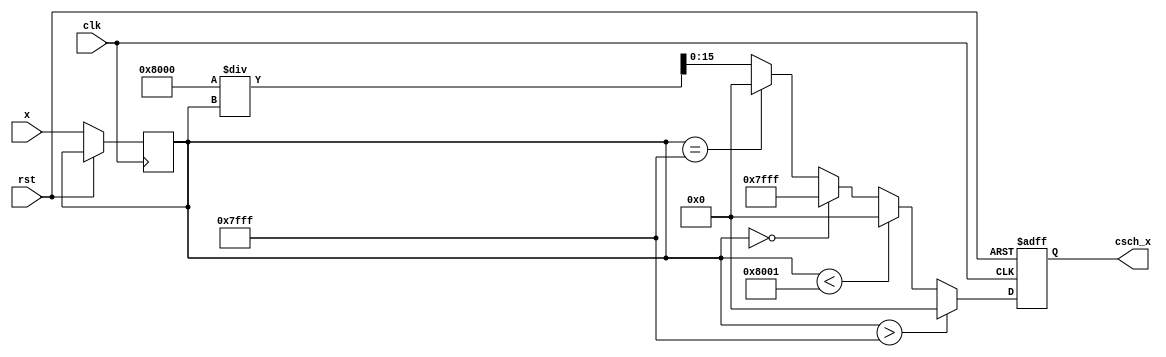
module hyperbolic_cosecant (
    input wire signed [15:0] x,    // 16-bit fixed-point input
    output reg signed [15:0] csch_x, // 16-bit fixed-point output
    input wire clk,
    input wire rst
);
    
    reg signed [15:0] sinh_x;
    reg valid;
    
    // Parameters for simulation
    parameter MAX_VAL = 16'h7FFF; // Maximum value for overflow check
    parameter MIN_VAL = 16'h8000; // Minimum value for unterflow check
    
    // Sine Hyperbolic Calculation (Placeholder, should be your implementation)
    function signed [15:0] sinh;
        input signed [15:0] angle;
        begin
            // A simple approximation of sinh could go here (e.g., Taylor series)
            sinh = angle; // Simple identity for the demonstration
        end
    endfunction

    // Reciprocal Calculation
    function signed [15:0] reciprocal;
        input signed [15:0] value;
        begin
            if (value == 0) begin
                reciprocal = 16'h7FFF; // Represents infinity
            end else if (value == MAX_VAL) begin
                reciprocal = 0; // Underflow condition
            end else begin
                // Simple fixed-point division (will likely require more complex handling)
                reciprocal = (1 << 15) / value; // 1.0 in fixed-point is represented as 1<<15
            end
        end
    endfunction
    
    // Main Process
    always @(posedge clk or posedge rst) begin
        if (rst) begin
            csch_x <= 0;
            valid <= 0;
        end else begin
            sinh_x <= sinh(x);
            
            // Check for overflow or underflow
            if (sinh_x > MAX_VAL) begin
                csch_x <= 0; // Can define this as NaN
            end else if (sinh_x < -MAX_VAL) begin
                csch_x <= 0; // Again, NaN as defined
            end else begin
                csch_x <= reciprocal(sinh_x);
            end
            
            valid <= 1; // Mark as valid output
        end
    end
endmodule